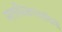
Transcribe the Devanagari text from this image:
मताधिकारवादियों